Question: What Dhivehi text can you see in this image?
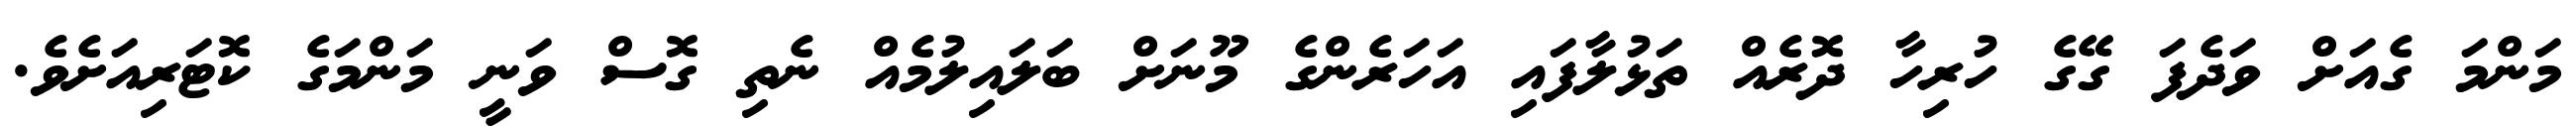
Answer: މަންމަ ގެއަށް ވަދެފަ ގޭގެ ހުރިހާ ދޮރެއް ތަޅުލާފައި އަހަރެންގެ މޫނަށް ބަލައިލުމެއް ނެތި ގޮސް ވަނީ މަންމަގެ ކޮޓަރިއަށެވެ.